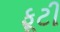
ફૂટી